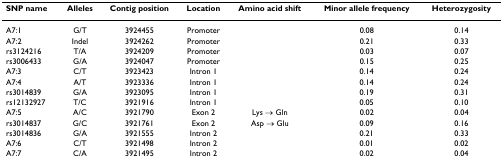
<table><thead><tr><td><b>SNP name</b></td><td><b>Alleles</b></td><td><b>Contig position</b></td><td><b>Location</b></td><td><b>Amino acid shift</b></td><td><b>Minor allele frequency</b></td><td><b>Heterozygosity</b></td></tr></thead><tbody><tr><td>A7:1</td><td>G/T</td><td>3924455</td><td>Promoter</td><td>[EMPTY_CELL]</td><td>0.08</td><td>0.14</td></tr><tr><td>A7:2</td><td>Indel</td><td>3924262</td><td>Promoter</td><td>[EMPTY_CELL]</td><td>0.21</td><td>0.33</td></tr><tr><td>rs3124216</td><td>T/A</td><td>3924209</td><td>Promoter</td><td>[EMPTY_CELL]</td><td>0.03</td><td>0.07</td></tr><tr><td>rs3006433</td><td>G/A</td><td>3924047</td><td>Promoter</td><td>[EMPTY_CELL]</td><td>0.15</td><td>0.25</td></tr><tr><td>A7:3</td><td>C/T</td><td>3923423</td><td>Intron 1</td><td>[EMPTY_CELL]</td><td>0.14</td><td>0.24</td></tr><tr><td>A7:4</td><td>A/T</td><td>3923336</td><td>Intron 1</td><td>[EMPTY_CELL]</td><td>0.14</td><td>0.24</td></tr><tr><td>rs3014839</td><td>G/A</td><td>3923095</td><td>Intron 1</td><td>[EMPTY_CELL]</td><td>0.19</td><td>0.31</td></tr><tr><td>rs12132927</td><td>T/C</td><td>3921916</td><td>Intron 1</td><td>[EMPTY_CELL]</td><td>0.05</td><td>0.10</td></tr><tr><td>A7:5</td><td>A/C</td><td>3921790</td><td>Exon 2</td><td>Lys → Gln</td><td>0.02</td><td>0.04</td></tr><tr><td>rs3014837</td><td>G/C</td><td>3921761</td><td>Exon 2</td><td>Asp → Glu</td><td>0.09</td><td>0.16</td></tr><tr><td>rs3014836</td><td>G/A</td><td>3921555</td><td>Intron 2</td><td>[EMPTY_CELL]</td><td>0.21</td><td>0.33</td></tr><tr><td>A7:6</td><td>C/T</td><td>3921498</td><td>Intron 2</td><td>[EMPTY_CELL]</td><td>0.01</td><td>0.02</td></tr><tr><td>A7:7</td><td>C/A</td><td>3921495</td><td>Intron 2</td><td>[EMPTY_CELL]</td><td>0.02</td><td>0.04</td></tr></tbody></table>